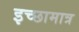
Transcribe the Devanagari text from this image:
इच्छामात्र